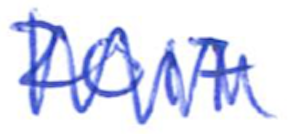
Text: 2017
Cross-out: zig-zag
Writing tool: ballpoint